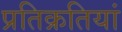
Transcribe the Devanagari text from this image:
प्रतिक्रतियां